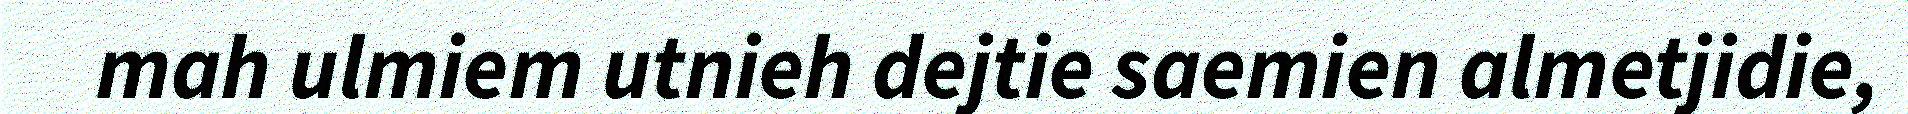
mah ulmiem utnieh dejtie saemien almetjidie,